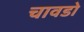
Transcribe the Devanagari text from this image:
चावडो